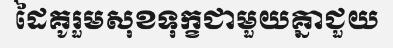
ដៃគូរួមសុខទុក្ខជាមួយគ្នាជួយ